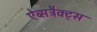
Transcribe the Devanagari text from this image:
ऐब्सट्रैक्ट्स